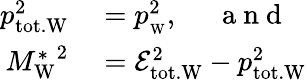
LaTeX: \begin{array}{rl}{p_{\mathrm{tot.W}}^{2}}&{{}=p_{\mathrm{_W}}^{2},\mathrm{~\quad~a~n~d~}}\\ {{M_{\mathrm{W}}^{*}}^{2}}&{{}=\mathcal{E}_{\mathrm{tot.W}}^{2}-p_{\mathrm{tot.W}}^{2}}\end{array}